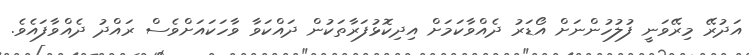
އަދުރޭ މިރޭވަނީ ފުލުހުންނަށް އޯޑަރު ދެއްވާކަމަށް އިދިކޮޅުފަރާތަކުން ދައްކަވާ ވާާހަކައަށްވެސް ރައްދު ދެއްވާފައެވެ.